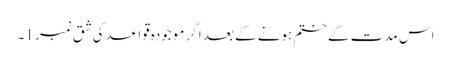
اس مدت کے ختم ہونے کے بعد اگر موجودہ قواعد کی شق نمبر 1۔